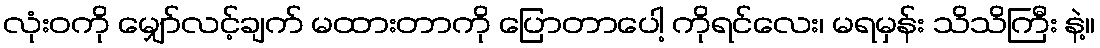
လုံးဝကို မျှော်လင့်ချက် မထားတာကို ပြောတာပေါ့ ကိုရင်လေး၊ မရမှန်း သိသိကြီး နဲ့။